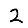
Digit: 2